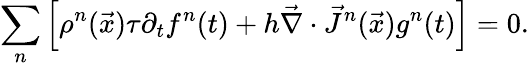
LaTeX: \sum_{n}\left[\rho^{n}(\vec{x})\tau\partial_{t}f^{n}(t)+h\vec{\nabla}\cdot\vec{J}^{n}(\vec{x})g^{n}(t)\right]=0.